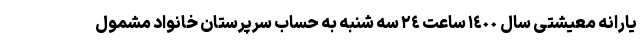
یارانه معیشتی سال ١٤٠٠ ساعت ٢٤ سه شنبه به حساب سرپرستان خانواد مشمول